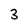
Character: 3